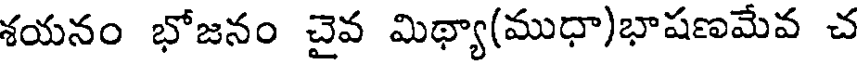
శయనం భోజనం చైవ మిథ్యా(ముధా)భాషణమేవ చ